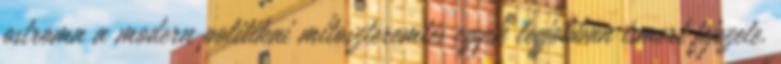
ostroma a modern politikai mítoszteremtés egyik legjobban ismert fejezete.